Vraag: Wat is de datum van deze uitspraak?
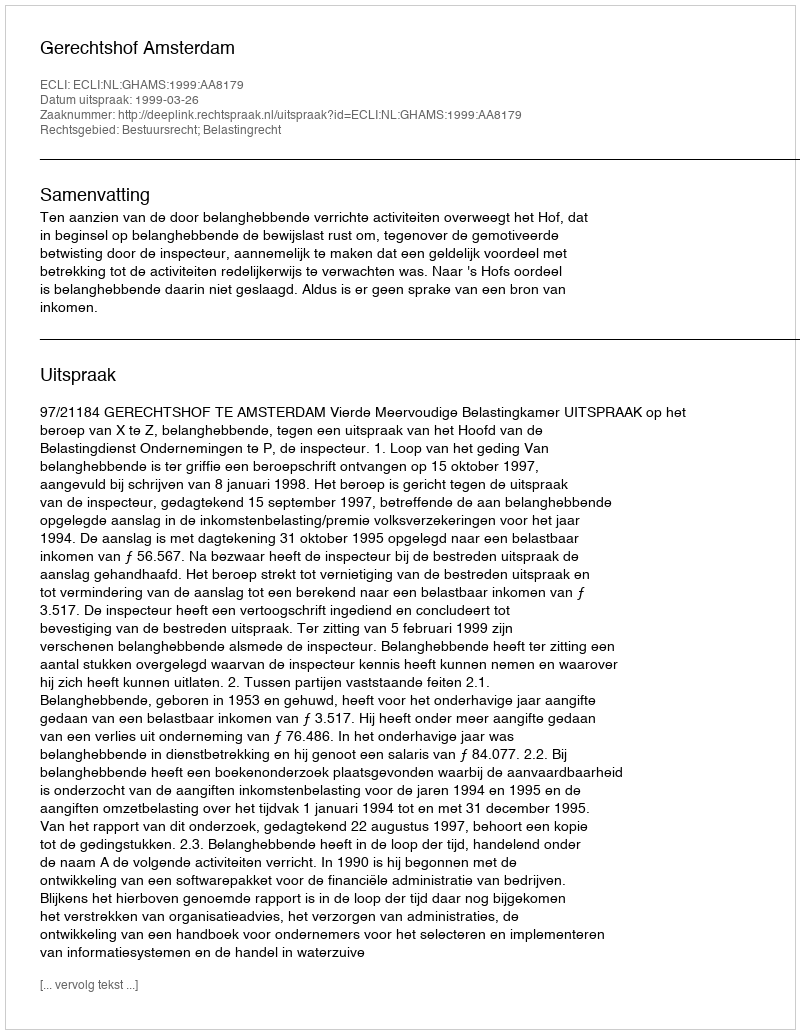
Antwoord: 1999-03-26